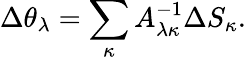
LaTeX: \Delta\theta_{\lambda}=\sum_{\kappa}A_{\lambda\kappa}^{-1}\Delta S_{\kappa}.